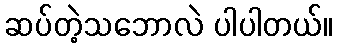
ဆပ်တဲ့သဘောလဲ ပါပါတယ်။